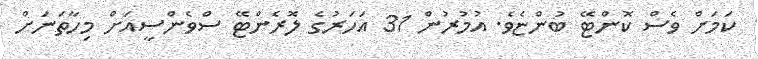
ކަމަށް ވެސް ކޮންޓޭ ބުންޏެވެ. އުމުރުން 31 އަހަރުގެ ލޮރެންޓޭ ސްވެންސީއަށް މިހާތަނަށް